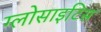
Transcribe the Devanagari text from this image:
ग्लोसाइटिस